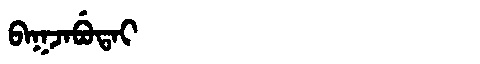
Manchu: ᠪᠠᡴᠵᠠᠪᡠᡨᠠᡳ
Romanization: BAKJABUTAI